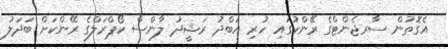
އެގޮތުން ސާރޖެންޓްގެ ރޭންކުގައި ހުރި އަބްދު ރަޝީދު ލާންސް ކޯޕްރަލްގެ ރޭންކަށް ބަދަލު